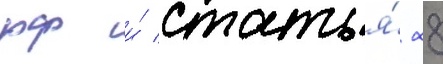
рф и́ статья́ 28